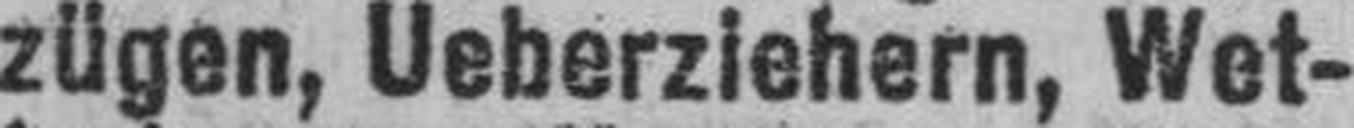
zügen, Ueberziehern, Wet¬